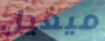
ميغيل